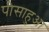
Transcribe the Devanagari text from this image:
पीसाहुआ